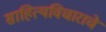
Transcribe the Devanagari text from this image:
साहित्यविचाराचे